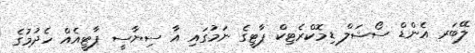
ލޭބަރ އެންޑް ސޯޝަލް ޑިމޮކްރެޓިކް ޕާޓީގެ ނަމުގައި އާ ސިޔާސީ ޕާޓީއެއް ހެދުމުގެ